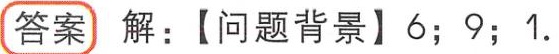
答案 解：【问题背景】6；9；1.